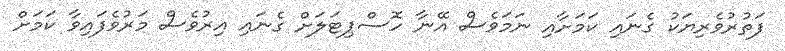
ފަތުރުވެރިޔަކު ގެނައި ކަމަށާއި ނަމަވެސް އޭނާ ހޮސްޕިޓަލަށް ގެނައި އިރުވެސް މަރުވެފައިވާ ކަމަަށް